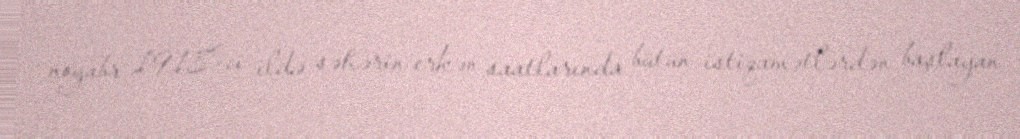
noyabr 1918-ci ildə səhərin erkən saatlarında bütün istiqamətlərdən başlayan